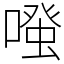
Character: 𠽟